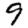
Digit: 9